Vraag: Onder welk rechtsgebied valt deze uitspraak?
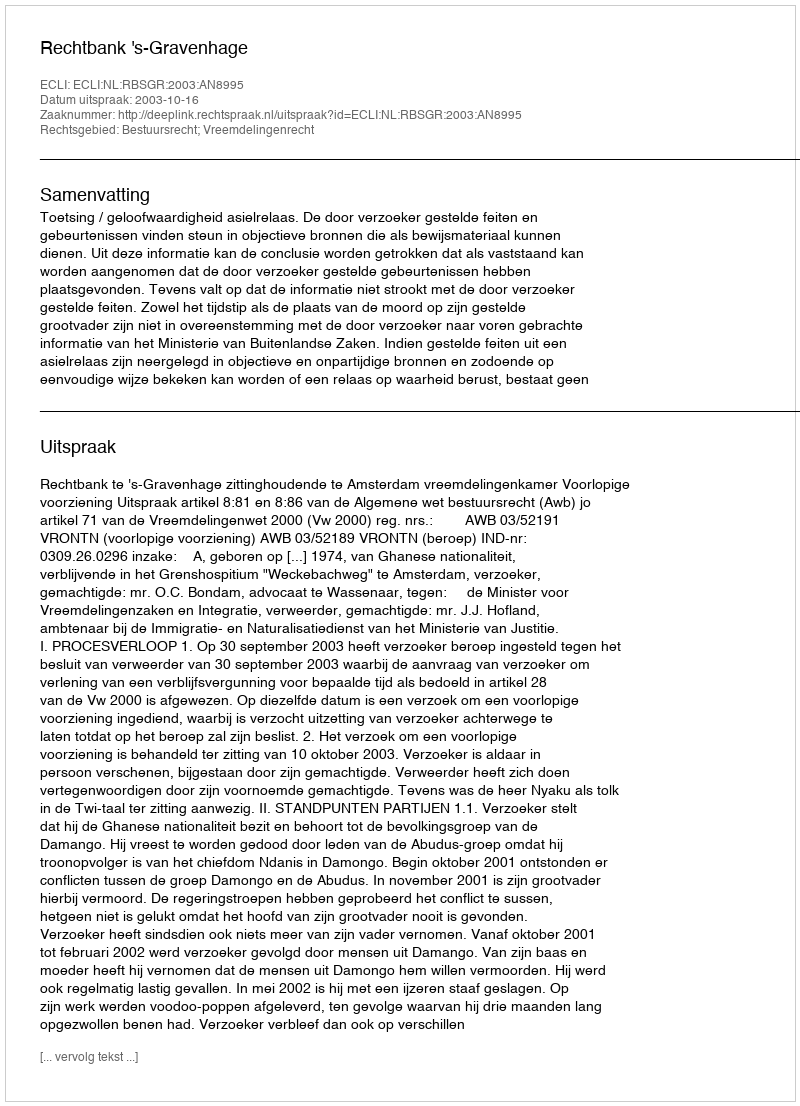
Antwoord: Bestuursrecht; Vreemdelingenrecht